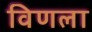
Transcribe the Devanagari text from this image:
विणला